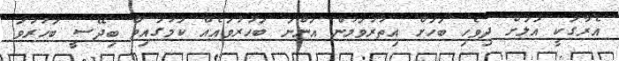
އެރާގަކީ އަލަށް ދިވެހި ބަހަށް އިތުރުވަމުން އަންނަ ބަހުުރުވައެއް ކަމުގައިވާ ބިދޭސީ ބަހުރުވަ